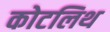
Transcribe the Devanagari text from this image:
कोटलिथ